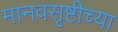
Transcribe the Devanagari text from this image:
मानवसृष्टीच्या